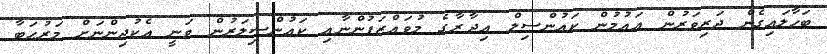
ބަހާލައިގެން ދަރިވަރުން އައުމުން ކައުންސިލް އިދާރާގެ މުވައްޒަފުންނާއި ކައުންސިލަރުން ވަނީ އެކުދިންނަށް މަރުޙަބާ